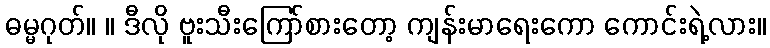
ဓမ္မဂုတ်။ ။ ဒီလို ဗူးသီးကြော်စားတော့ ကျန်းမာရေးကော ကောင်းရဲ့လား။